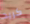
كريد